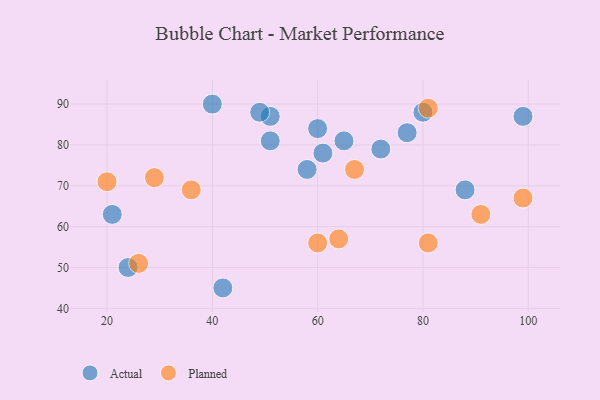
{"axis": {"x": "GDP", "y": "Life Expectancy"}, "legend": ["Actual", "Planned"], "data": [{"x": "42", "y": 45, "type": "Actual"}, {"x": "21", "y": 63, "type": "Actual"}, {"x": "58", "y": 74, "type": "Actual"}, {"x": "88", "y": 69, "type": "Actual"}, {"x": "65", "y": 81, "type": "Actual"}, {"x": "24", "y": 50, "type": "Actual"}, {"x": "51", "y": 87, "type": "Actual"}, {"x": "80", "y": 88, "type": "Actual"}, {"x": "77", "y": 83, "type": "Actual"}, {"x": "61", "y": 78, "type": "Actual"}, {"x": "40", "y": 90, "type": "Actual"}, {"x": "72", "y": 79, "type": "Actual"}, {"x": "60", "y": 84, "type": "Actual"}, {"x": "49", "y": 88, "type": "Actual"}, {"x": "51", "y": 81, "type": "Actual"}, {"x": "99", "y": 87, "type": "Actual"}, {"x": "60", "y": 56, "type": "Planned"}, {"x": "81", "y": 89, "type": "Planned"}, {"x": "81", "y": 56, "type": "Planned"}, {"x": "64", "y": 57, "type": "Planned"}, {"x": "29", "y": 72, "type": "Planned"}, {"x": "36", "y": 69, "type": "Planned"}, {"x": "67", "y": 74, "type": "Planned"}, {"x": "99", "y": 67, "type": "Planned"}, {"x": "20", "y": 71, "type": "Planned"}, {"x": "26", "y": 51, "type": "Planned"}, {"x": "91", "y": 63, "type": "Planned"}]}